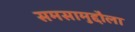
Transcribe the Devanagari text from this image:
समसामुद्दौला